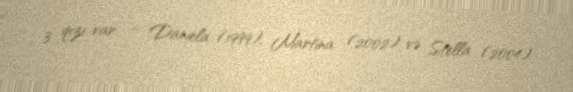
3 qızı var - Daniela (1999), Martina (2002) və Stella (2004).